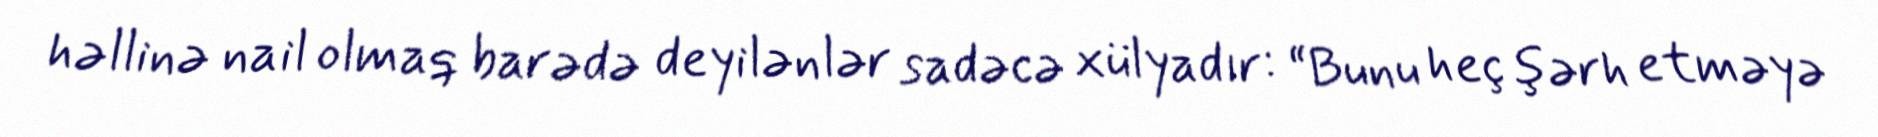
həllinə nail olmaq barədə deyilənlər sadəcə xülyadır: “Bunu heç şərh etməyə